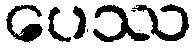
ပေဿ